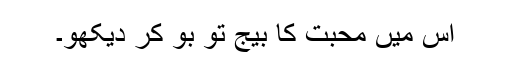
اس میں محبت کا بیج تو بو کر دیکھو۔